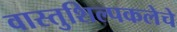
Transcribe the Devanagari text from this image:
वास्तुशिल्पकलेचे